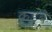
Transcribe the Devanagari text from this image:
कडबे